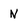
Character: n